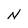
Character: N